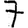
Digit: 7